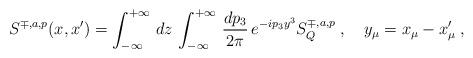
LaTeX: \begin{align*}S^{\mp ,a,p}(x,x^{\prime }) =\int_{-\infty }^{+\infty }\,dz\,\int_{-\infty}^{+\infty }\,\frac{dp_3}{2\pi }\,e^{-ip_3y^3}S_Q^{\mp ,a,p}\;,\quad y_\mu=x_\mu -x_\mu ^{\prime }\;, \end{align*}